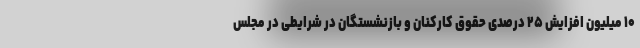
۱۰ میلیون افزایش ۲۵ درصدی حقوق کارکنان و بازنشستگان در شرایطی در مجلس